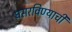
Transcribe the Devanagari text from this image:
घसरविण्याची